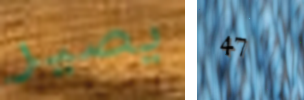
يصير 47